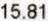
15.81